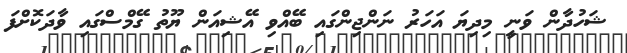
ޝަހުދާން ވަނީ މިދިޔަ އަހަރު ނަންޖިންގައި ބޭއްވި އޭޝިއަން ޔޫތު ގޭމްސްގައި ވާދަކޮށްފަ